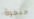
حنجرة